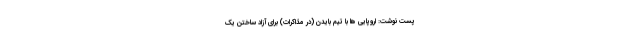
پست نوشت: اروپایی ها با تیم بایدن (در مذاکرات) برای آزاد ساختن یک